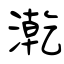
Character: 漧